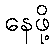
နေဖို့